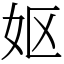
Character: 妪